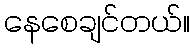
နေစေချင်တယ်။